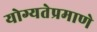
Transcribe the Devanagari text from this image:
योग्यतेप्रमाणे